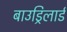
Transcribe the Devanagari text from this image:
बाउड्रिलार्ड